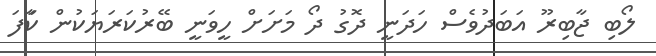
ލޯބި ޖާބިރޫ އަބަދުވެސް ހަދަނީ ދޮގު ދޯ މަށަށް ހީވަނީ ބޭރުކަރަޔަކުން ކަަާފަ